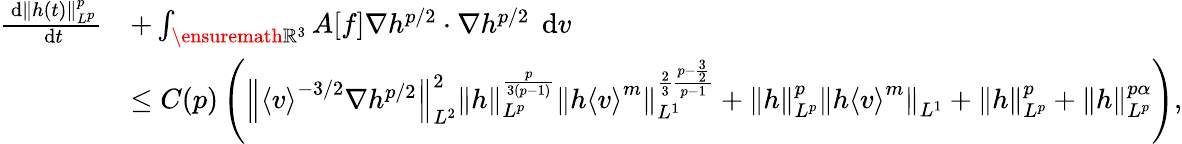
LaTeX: \begin{array}{rl}{\frac{\, \mathrm{d}\| h(t)\| _{L^{p}}^{p}}{\, \mathrm{d}t}}&{+\int_{\ensuremath{{\mathbb R}}^{3}}A[f]\nabla h^{p/2}\cdot\nabla h^{p/2}\; \, \mathrm{d}v}\\ &{\le C(p)\left(\left\| \left\langle v\right\rangle^{-3/2}\nabla h^{p/2}\right\| _{L^{2}}^{2}\| h\| _{L^{p}}^{\frac{p}{3(p-1)}}\| h\left\langle v\right\rangle^{m}\| _{L^{1}}^{\frac{2}{3}\frac{p-\frac{3}{2}}{p-1}}+\left\| h\right\| _{L^{p}}^{p}\left\| h\left\langle v\right\rangle^{m}\right\| _{L^{1}}+\| h\| _{L^{p}}^{p}+\| h\| _{L^{p}}^{p\alpha}\right),}\end{array}